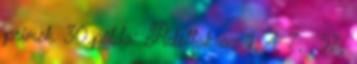
prímek. 30.példa: Adottak az 1, 4, 7, , 97,